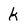
Character: k